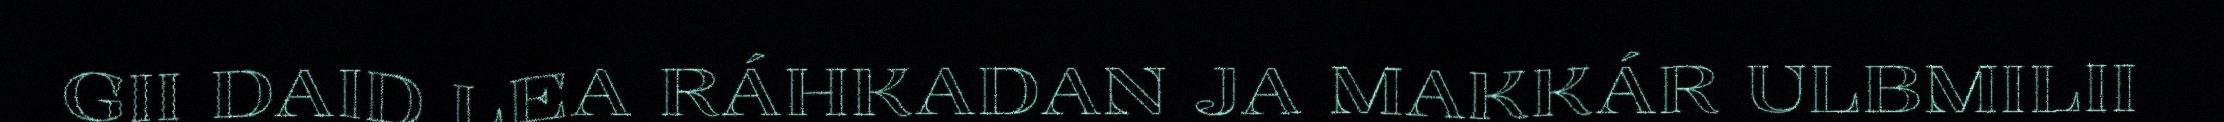
GII DAID LEA RÁHKADAN JA MAKKÁR ULBMILII